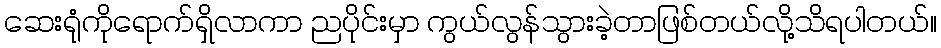
ဆေးရုံကိုရောက်ရှိလာကာ ညပိုင်းမှာ ကွယ်လွန်သွားခဲ့တာဖြစ်တယ်လို့သိရပါတယ်။